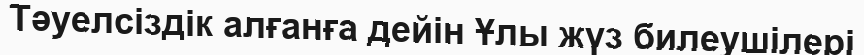
Тәуелсіздік алғанға дейін Ұлы жүз билеушілері